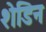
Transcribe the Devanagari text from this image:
शेडिन